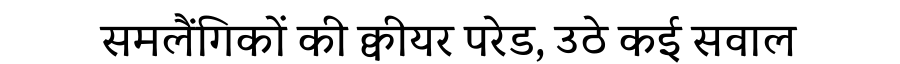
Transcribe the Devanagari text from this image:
समलैंगिकों की क्वीयर परेड, उठे कई सवाल